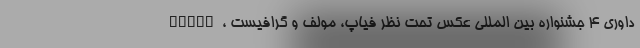
AFIAP، داوری 4 جشنواره بین المللی عکس تحت نظر فیاپ، مولف و گرافیست